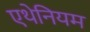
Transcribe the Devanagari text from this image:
एथेनियम